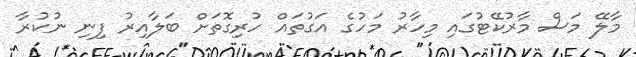
މާލޭ މަސް މާރުކޭޓުގައި މިހާރު މަހުގެ އަގުތައް ހުރިގޮތަށް ބަލާއިރު ފިނި ނުކުރާ